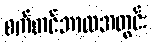
စက်တင်ဘာလအတွင်း